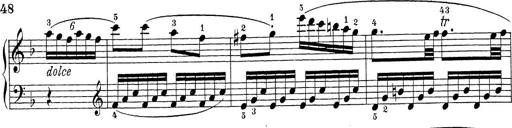
Title: Sonatina Album
Composer: Louis KÃ¶hler